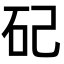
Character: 𥐦